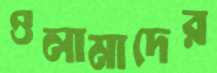
ওলামাদের